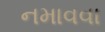
નમાવવા